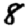
Digit: 8